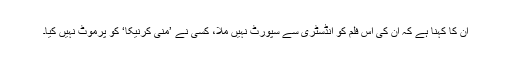
ان کا کہنا ہے کہ ان کی اس فلم کو انڈسٹری سے سپورٹ نہیں ملا، کسی نے ’منی کرنیکا‘ کو پرموٹ نہیں کیا۔